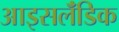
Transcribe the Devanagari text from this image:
आइसलॅंडिक